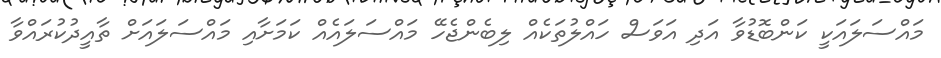
މައްސަލައަކީ ކަންބޮޑުވާ އަދި އަވަސް ހައްލުތަކެއް ލިބެންޖެހޭ މައްސަލައެއް ކަމަށާއި މައްސަލައަށް ތާއީދުކުރައްވާ